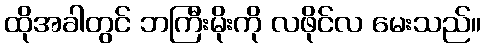
ထိုအခါတွင် ဘကြီးမိုးကို လဖိုင်လ မေးသည်။